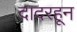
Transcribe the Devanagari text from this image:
दादरहून